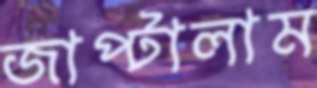
জাপ্‌টালাম